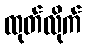
ထုတ်လိုက်